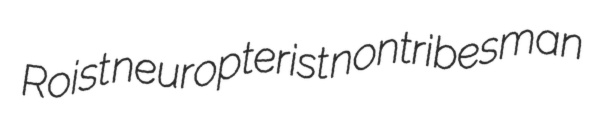
Roist neuropterist nontribesman